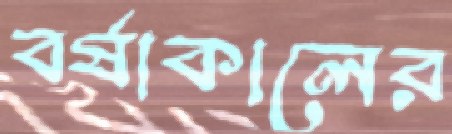
বর্ষাকালের